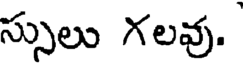
స్సులు గలవు.